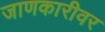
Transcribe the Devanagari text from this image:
जाणकारीवर